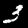
Digit: 3